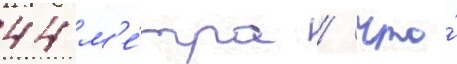
44 м'е́тра / что́